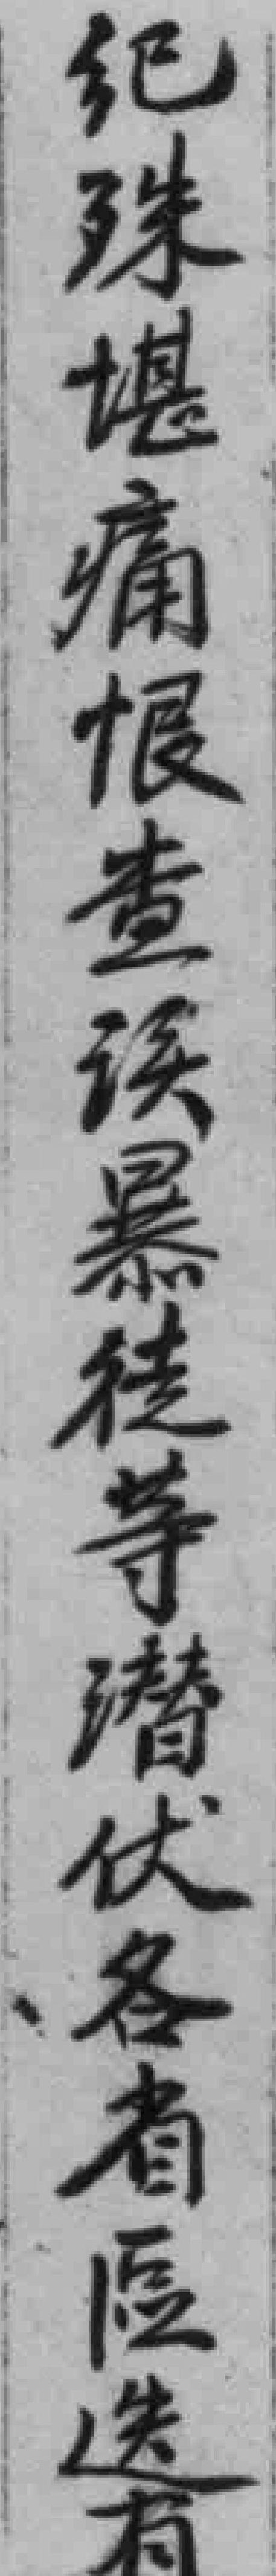
纪殊堪痛恨查误暴徒等潜伏各省區迭有